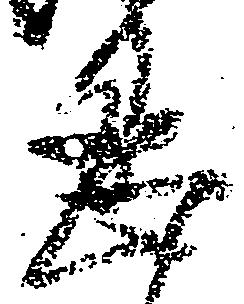
忍